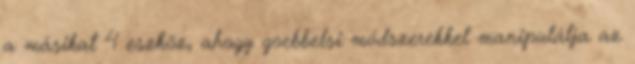
a másikat 4 eszköz, ahogy goebbelsi módszerekkel manipulálja az